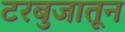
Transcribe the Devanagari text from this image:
टरबुजातून